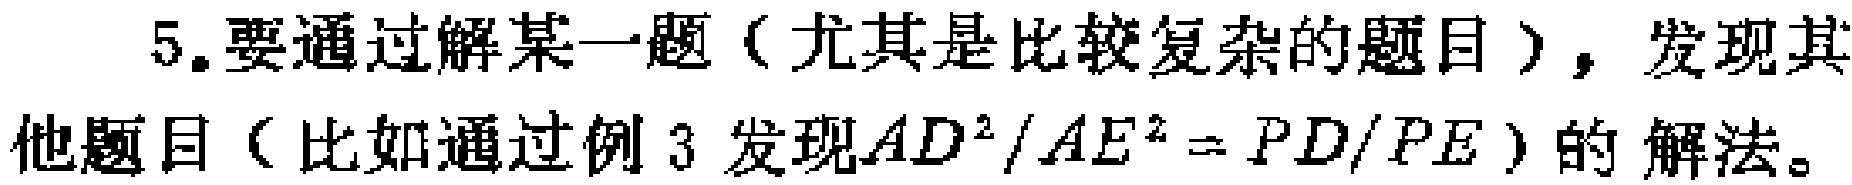
5.要通过解某一题（尤其是比较复杂的题目），发现其他题目（比如通过例 3 发现\(AD^{2}/AE^{2}=PD/PE\)）的解法。